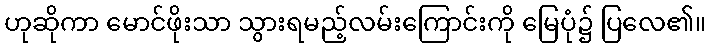
ဟုဆိုကာ မောင်ဖိုးသာ သွားရမည့်လမ်းကြောင်းကို မြေပုံ၌ ပြလေ၏။